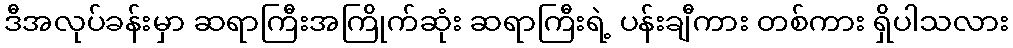
ဒီအလုပ်ခန်းမှာ ဆရာကြီးအကြိုက်ဆုံး ဆရာကြီးရဲ့ ပန်းချီကား တစ်ကား ရှိပါသလား